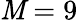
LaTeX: \mathit{M}=9